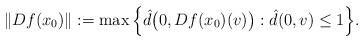
LaTeX: \begin{align*}\|Df(x_0)\|:=\max\Big\{\hat{d}\big(0,Df(x_0)(v)\big):\hat{d}(0,v)\leq 1\Big\}.\end{align*}